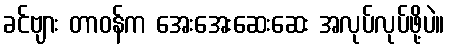
ခင်ဗျား တာဝန်က အေးအေးဆေးဆေး အလုပ်လုပ်ဖို့ပဲ။